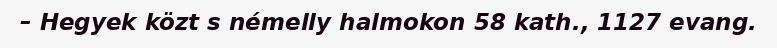
– Hegyek közt s némelly halmokon 58 kath., 1127 evang.